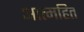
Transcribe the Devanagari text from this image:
आत्महित